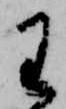
わ